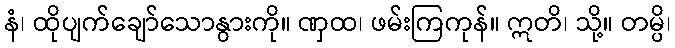
နံ၊ ထိုပျက်ချော်သောနွားကို။ ဏှထ၊ ဖမ်းကြကုန်။ ဣတိ၊ သို့။ တမ္ပိ၊